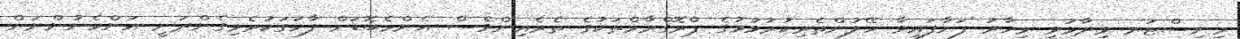
މިނިސްޓަރ ވިދާޅުވީ މިހާރު ފަށާފައިވާ ހޭލުންތެރިކުރުވުމުގެ ޕްރޮގްރާމްތަކުގެ ތެރެއިންވެސް އެންމެބޮޑަށް ފާހަގަކުރެވިގެންދަނީ އަންހެނުންނަށް